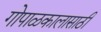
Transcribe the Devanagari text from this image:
गोपाळकालासाठी